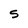
Character: 5